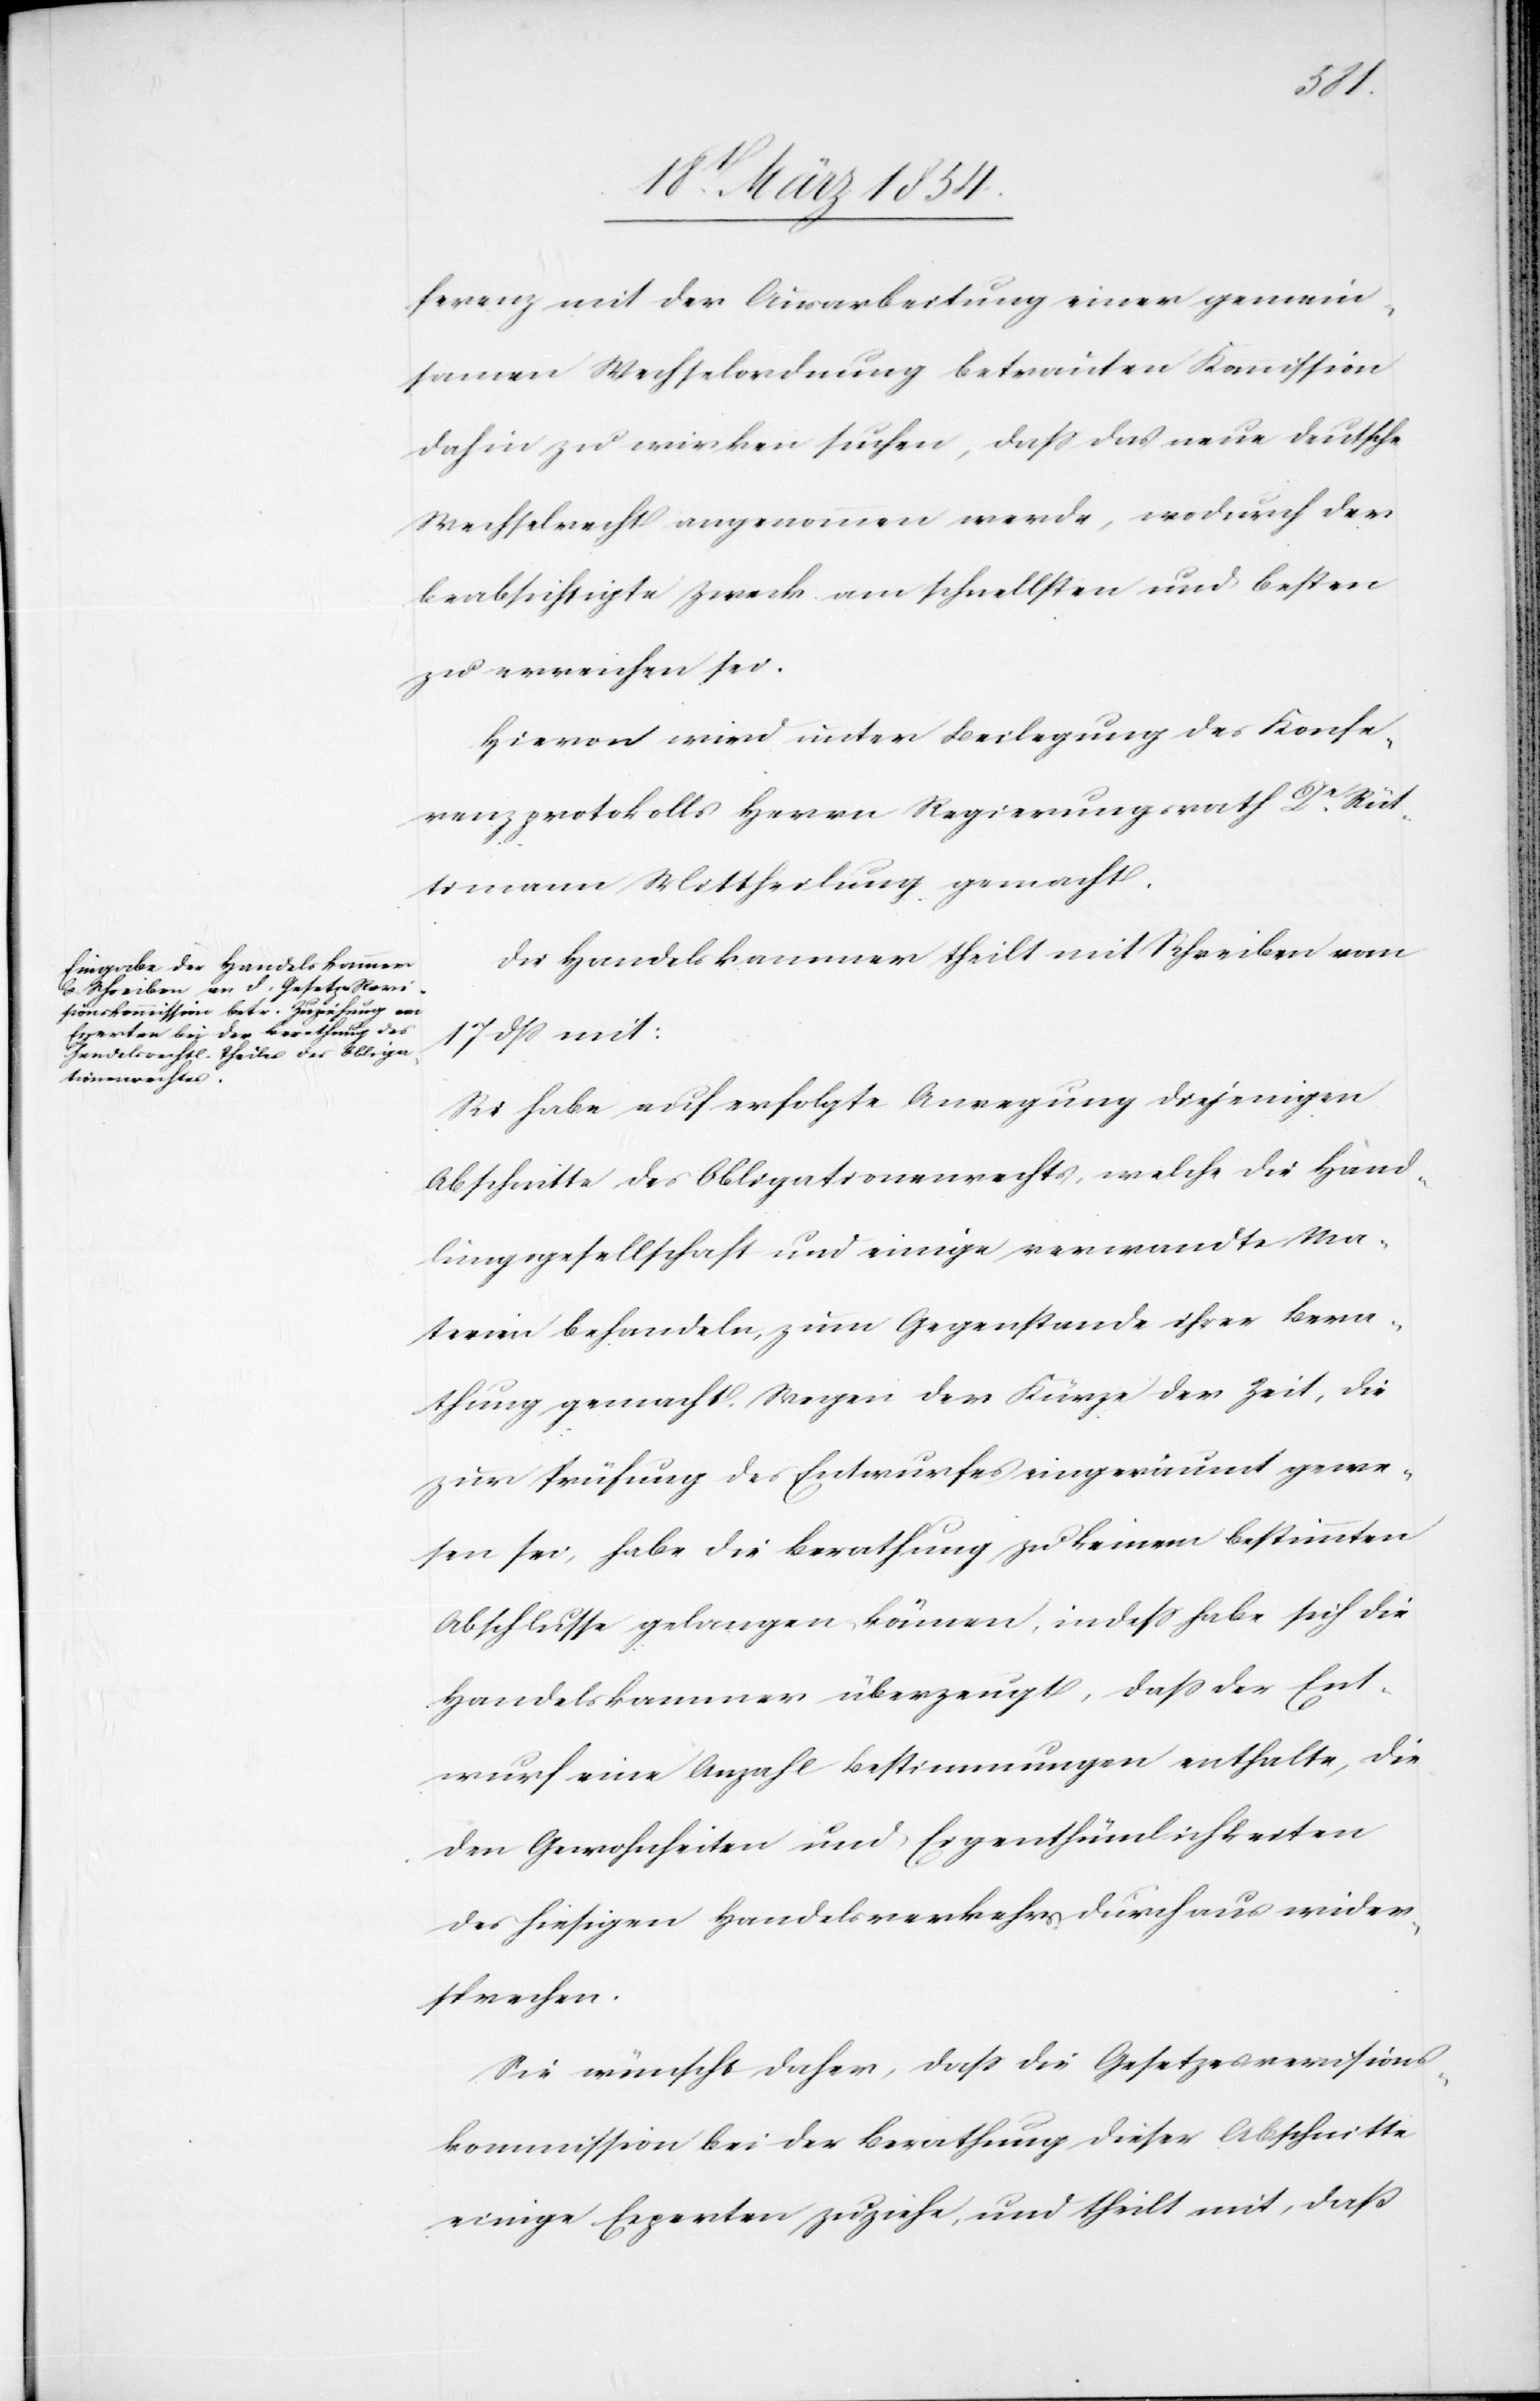
ferenz mit der Ausarbeitung einer gemein¬
samen Wechselordnung betrauten Kommission
dahin zu wirken suchen, daß das neue deutsche
Wechselrecht angenommen werde, wodurch der
beabsichtigte Zweck am schnellsten und besten
zu erreichen sei.
Die Handelskammer theilt mit Schreiben vom
17 dß mit:
Sie habe auf erfolgte Anregung diejenigen
Abschnitte des Obligationenrechts, welche die Hand¬
lungsgesellschaft und einige verwandte Ma¬
terien behandeln, zum Gegenstande ihrer Bera¬
thung gemacht. Wegen der Kürze der Zeit, die
zur Prüfung des Entwurfes eingeräumt gewe¬
sen sei, habe die Berathung zu keinem bestimmten
Abschlusse gelangen können, indeß habe sich die
Handelskammer überzeugt, daß der Ent¬
wurf eine Anzahl Bestimmungen enthalte, die
den Gewohnheiten und Eigenthümlichkeiten
des hiesigen Handelsverkehrs durchaus wider¬
sprechen.
Sie wünscht daher, daß die Gesetzesrevisions¬
kommission bei der Berathung dieser Abschnitte
einige Experten zuziehen, und theilt mit, daß